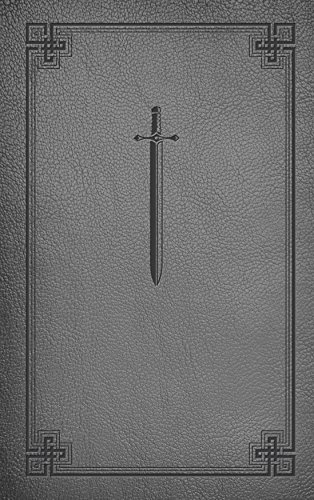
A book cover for Manual for Spiritual Warfare; Paul Thigpen; Christian Books & Bibles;